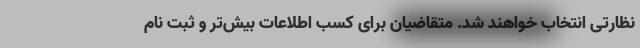
نظارتی انتخاب خواهند شد. متقاضیان برای کسب اطلاعات بیش‌تر و ثبت نام